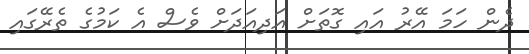
ދެން ހަމަ އޭރު އައި ގޮތަށް އަދިއަދަށް ވެސް އެ ކަމުގެ ތެރޭގައި